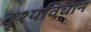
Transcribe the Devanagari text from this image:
दृश्यविघान